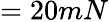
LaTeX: =20mN